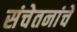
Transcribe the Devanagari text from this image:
संचेतनांचे